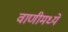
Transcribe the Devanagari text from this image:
वाणीमध्ये